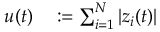
\begin{array} { r l } { u ( t ) } & { { } : = \sum _ { i = 1 } ^ { N } | z _ { i } ( t ) | } \end{array}